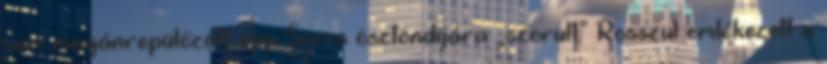
sem magánrepülőzött: épp Soros ösztöndíjára „szorult” Rosszul emlékezett a